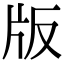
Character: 版